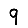
Digit: 9